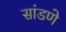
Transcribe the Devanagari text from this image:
सांडणे